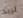
تريد